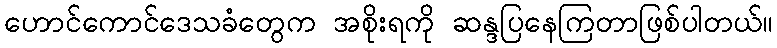
ဟောင်ကောင်ဒေသခံတွေက အစိုးရကို ဆန္ဒပြနေကြတာဖြစ်ပါတယ်။